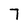
Character: 7